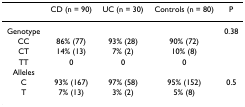
|  | CD (n = 90) | UC (n = 30) | Controls (n = 80) | P |
 | --- | --- | --- | --- | --- |
 | Genotype |  |  |  | 0.38 |
 | CC | 86% (77) | 93% (28) | 90% (72) |  |
 | CT | 14% (13) | 7% (2) | 10% (8) |  |
 | TT | 0 | 0 | 0 |  |
 | Alleles |  |  |  |  |
 | C | 93% (167) | 97% (58) | 95% (152) | 0.5 |
 | T | 7% (13) | 3% (2) | 5% (8) |  |